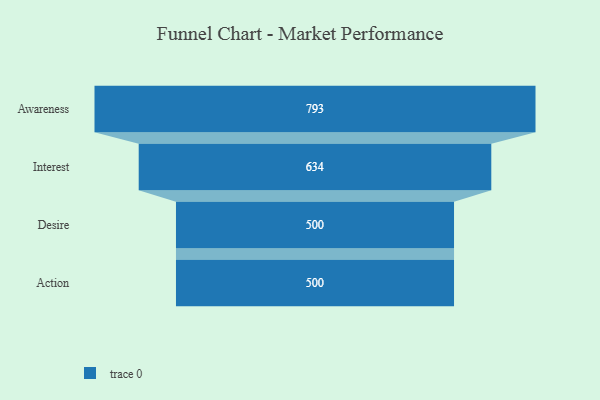
{"axis": {"x": "Stage", "y": "Value"}, "legend": [""], "data": [{"x": "Awareness", "y": 793.0, "type": ""}, {"x": "Interest", "y": 634.0, "type": ""}, {"x": "Desire", "y": 500.0, "type": ""}, {"x": "Action", "y": 500, "type": ""}]}